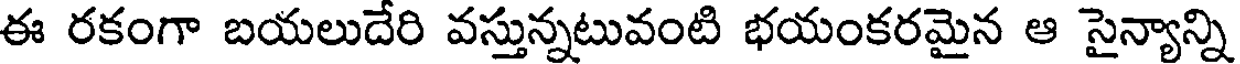
ఈ రకంగా బయలుదేరి వస్తున్నటువంటి భయంకరమైన ఆ సైన్యాన్ని